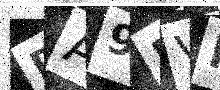
Text: DA9NVM